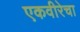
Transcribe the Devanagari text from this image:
एकवीरेचा